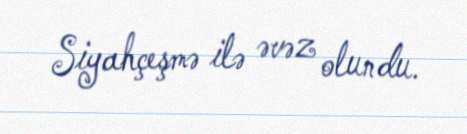
Siyahçeşmə ilə əvəz olundu.